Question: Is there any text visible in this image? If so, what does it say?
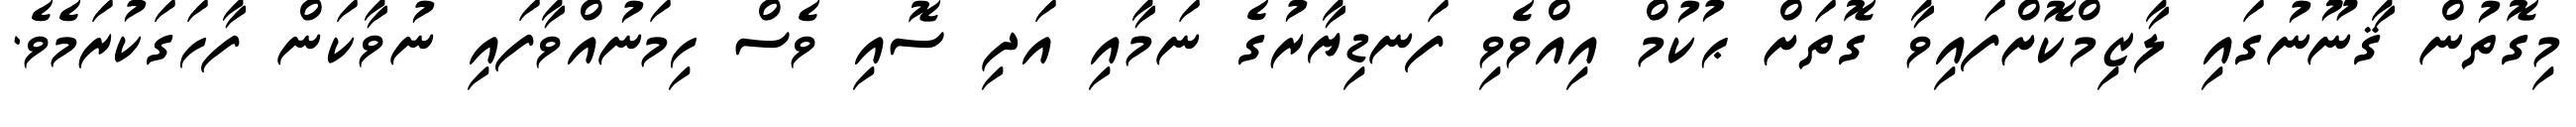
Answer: މިގޮތުން ޤާނޫނުގައި ލާޒިމްކޮށްފައިވާ ގޮތަށް ޙުކުމް އިއްވެވި ފަނޑިޔާރުގެ ނަމާއި އަދި ސޮއި ވެސް ހިމަނުއްވާފައި ނުވާކަން ފާހަގަކުރަމެވެ.